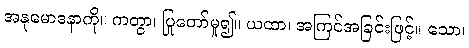
အနုမောဒနာကို။ ကတွာ၊ ပြုတော်မူ၍။ ယထာ၊ အကြင်အခြင်းဖြင့်။ သော၊